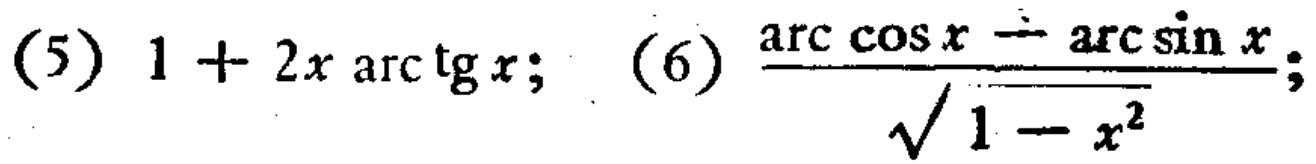
(5) \(1 + 2x\arctan x\); (6) \(\frac{\arccos x - \arcsin x}{\sqrt{1 - x^{2}}}\);